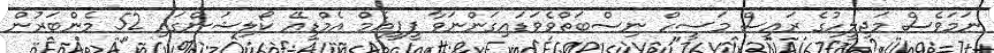
ނަމަވެސް މަޖިލީހުގެ ރައީސް މަސީހް ނިސްބަތްވެވަޑައިގަންނަވާ ޕީޕީއެމް އެމްޑީއޭ ކޯލިޝަންގައި 52 މެންބަރުން